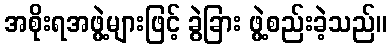
အစိုးရအဖွဲ့များဖြင့် ခွဲခြား ဖွဲ့စည်းခဲ့သည်။